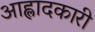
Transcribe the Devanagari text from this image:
आह्लादकारी